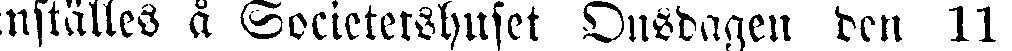
nställes å Societetshuset Onsdagen den 11